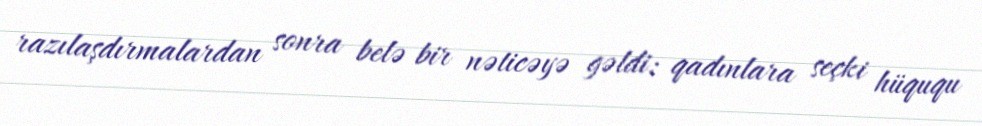
razılaşdırmalardan sonra belə bir nəticəyə gəldi: qadınlara seçki hüququ